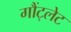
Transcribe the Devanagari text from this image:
गौंट्लेट